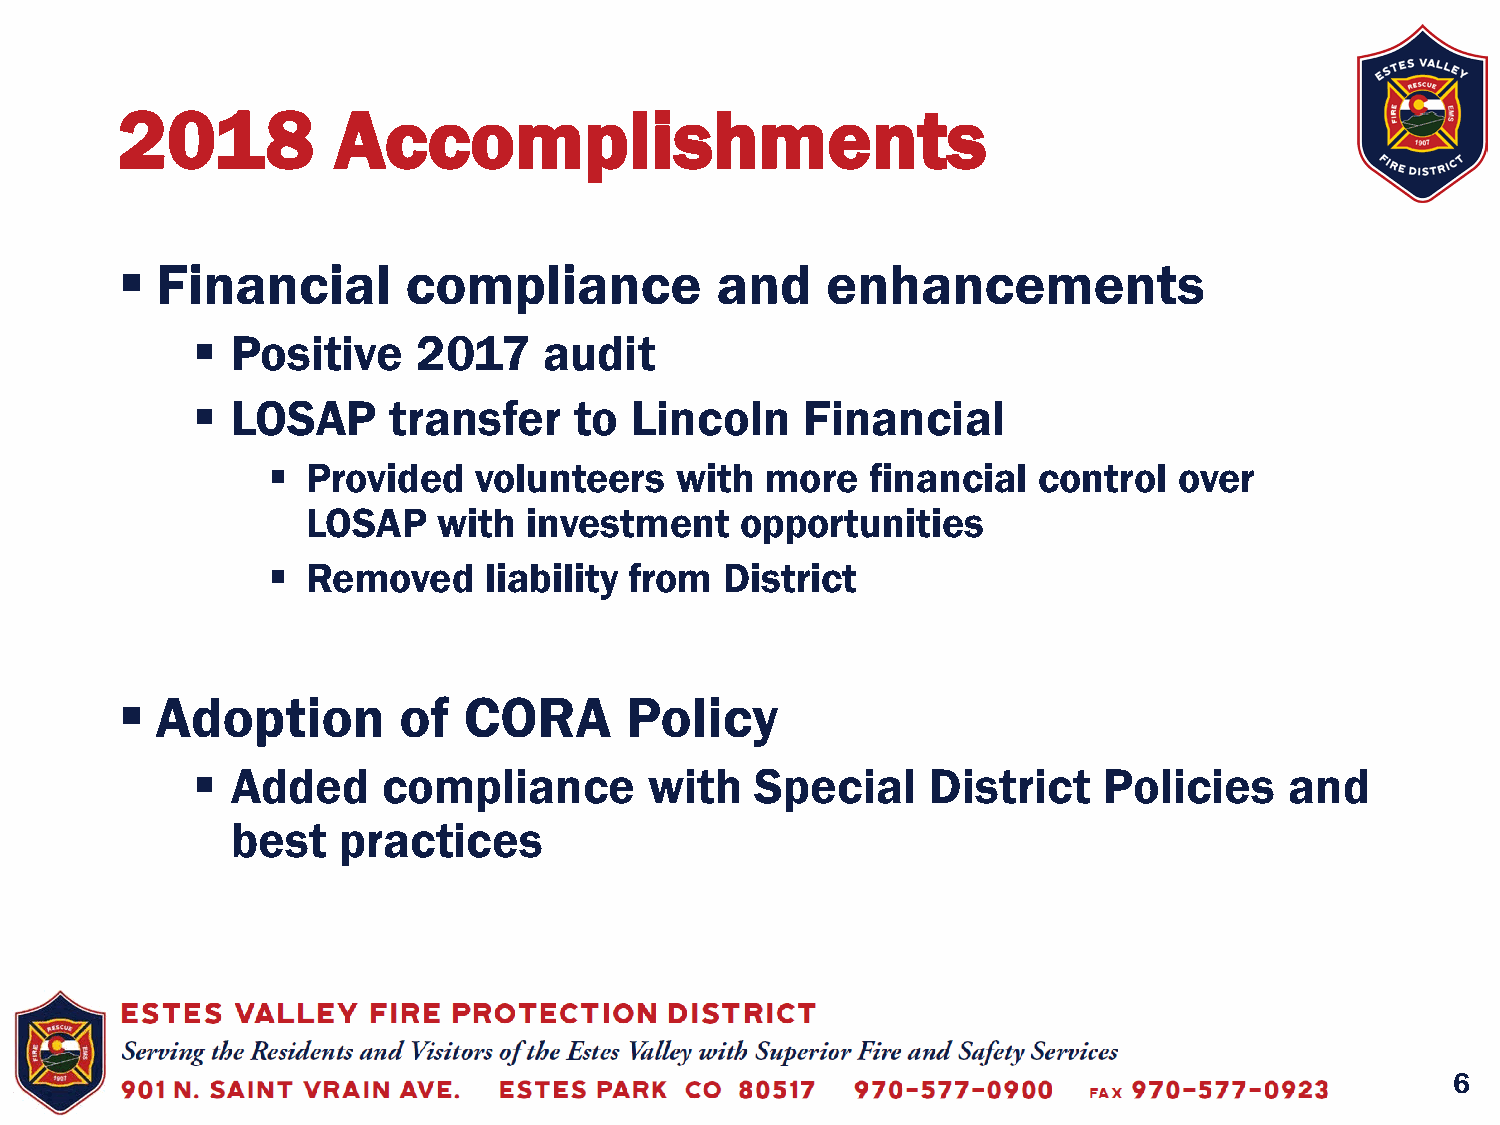
2018          Accomplishments
  Financial        compliance          and     enhancements
  Positive     2017    audit
  LOSAP      transfer    to  Lincoln    Financial
  Provided   volunteers    with  more   financial  control  over
 LOSAP    with  investment    opportunities
  Removed     liability from  District
  Adoption        of   CORA      Policy
  Added     compliance        with   Special     District   Policies    and
 best   practices
 6